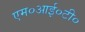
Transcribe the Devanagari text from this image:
एम०आई०टी०